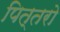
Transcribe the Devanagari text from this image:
पित्तरो